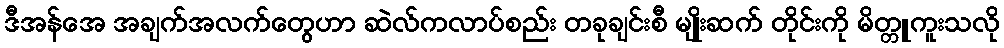
ဒီအန်အေ အချက်အလက်တွေဟာ ဆဲလ်ကလာပ်စည်း တခုချင်းစီ မျိုးဆက် တိုင်းကို မိတ္တူကူးသလို